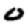
Digit: 0